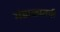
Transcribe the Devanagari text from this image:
मंडाळातर्फ